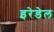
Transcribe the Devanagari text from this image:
इरेडेल